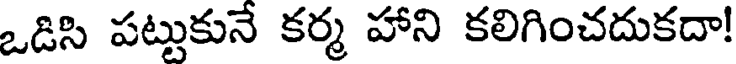
ఒడిసి పట్టుకునే కర్మ హాని కలిగించదుకదా!